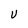
Character: U